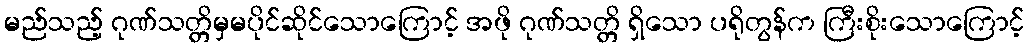
မည်သည့် ဂုဏ်သတ္တိမှမပိုင်ဆိုင်သောကြောင့် အဖို ဂုဏ်သတ္တိ ရှိသော ပရိုတွန်က ကြီးစိုးသောကြောင့်